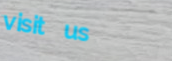
visit us